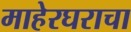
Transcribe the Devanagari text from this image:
माहेरघराचा